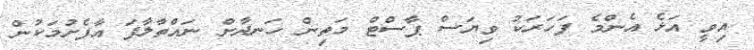
އިވީ އަޅެ އެންމެ ފަހަރަކު ވިޔަސް ޕާސްޓް މަތިން ހަނދާން ނައްތާލާފަ އާފެށުމަކުން